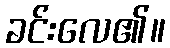
ခင်းလေ၏။